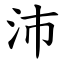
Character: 沛